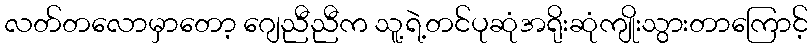
လတ်တလောမှာတော့ ဂျေညီညီက သူ့ရဲ့တင်ပုဆုံအရိုးဆုံကျိုးသွားတာကြောင့်